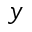
y